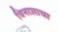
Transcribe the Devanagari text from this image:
विनाशाचा